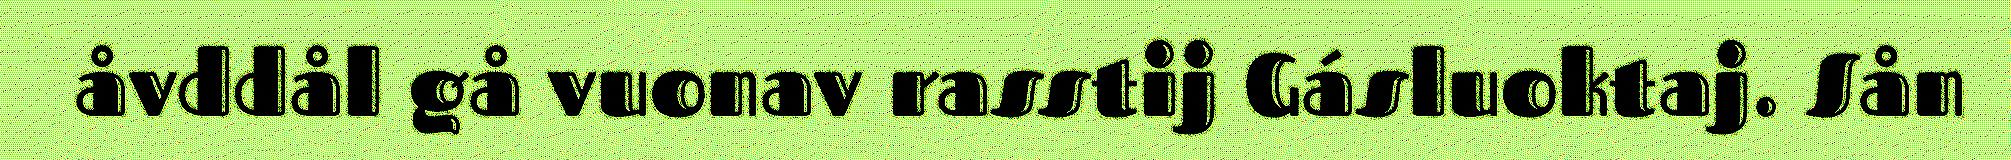
åvddål gå vuonav rasstij Gásluoktaj. Sån